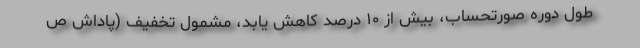
طول دوره صورتحساب، بیش از ۱۰ درصد کاهش یابد، مشمول تخفیف (پاداش ص